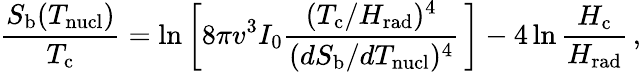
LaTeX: \frac{S_{\mathrm{b}}(T_{\mathrm{nucl}})}{T_{\mathrm{c}}}=\ln\left[8\pi v^{3}I_{0}\frac{(T_{\mathrm{c}}/H_{\mathrm{rad}})^{4}}{(dS_{\mathrm{b}}/dT_{\mathrm{nucl}})^{4}}\, \right]-4\ln\frac{H_{\mathrm{c}}}{H_{\mathrm{rad}}}\, ,